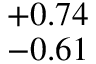
^ { + 0 . 7 4 } _ { - 0 . 6 1 }